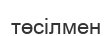
төсілмен